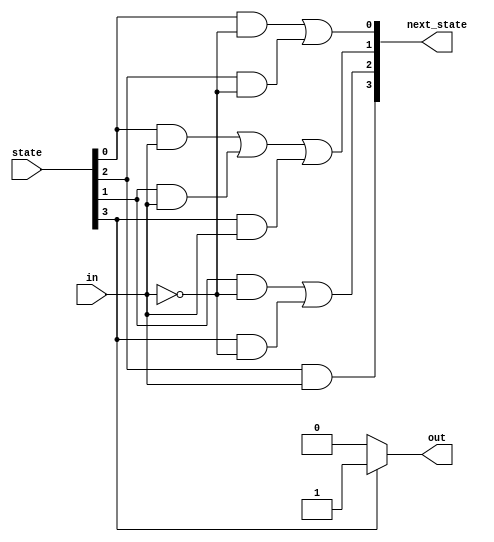
//The following is the state transition table for a Moore state machine with one input, one output, and four states.
//Use the following one-hot state encoding: A=4'b0001, B=4'b0010, C=4'b0100, D=4'b1000.

//Derive state transition and output logic equations by inspection assuming a one-hot encoding.
//Implement only the state transition logic and output logic (the combinational logic portion) for this state machine.
//(The testbench will test with non-one hot inputs to make sure you're not trying to do something more complicated).


//State    Next state    Output
//         in=0    in=1
//  A       A      B        0
//  B       C      B        0
//  C       A      D        0
//  D       C      B        1

//What does "derive equations by inspection" mean?
//One-hot state machine encoding guarantees that exactly one state bit is 1.
//This means that it is possible to determine whether the state machine is in a particular state by examining only one state bit, not all state bits.
//This leads to simple logic equations for the state transitions by examining the incoming edges for each state in the state transition diagram.

//For example, in the above state machine, how can the state machine can reach state A?
//It must use one of the two incoming edges: "Currently in state A and in=0" or "Currently in state C and in = 0".
//Due to the one-hot encoding, the logic equation to test for "currently in state A" is simply the state bit for state A.
//This leads to the final logic equation for the next state of state bit A: next_state[0] = state[0]&(~in) | state[2]&(~in).
//The one-hot encoding guarantees that at most one clause (product term) will be "active" at a time, so the clauses can just be ORed together.

//When an exercise asks for state transition equations "by inspection", use this particular method.
//The judge will test with non-one-hot inputs to ensure your logic equations follow this method, 
//rather that doing something else (such as resetting the FSM) for illegal (non-one-hot) combinations of the state bits.

//Although knowing this algorithm isn't necessary for RTL-level design (the logic synthesizer handles this), 
//it is illustrative of why one-hot FSMs often have simpler logic (at the expense of more state bit storage), 
//and this topic frequently shows up on exams in digital logic courses

//Hint...
//Logic equations for one-hot state transition logic can be derived by looking at in-edges of the state transition diagram.

module top_module(
    input in,
    input [3:0] state,
    output [3:0] next_state,
    output out); //

    parameter A=0, B=1, C=2, D=3;

    // State transition logic: Derive an equation for each state flip-flop.
    assign next_state[A] = (state[A] & (~in)) | (state[C] & (~in));
    assign next_state[B] = (state[A] &  (in)) | (state[B] &  (in)) | (state[D] &  (in));
    assign next_state[C] = (state[B] & (~in)) | (state[D] & (~in));
    assign next_state[D] = (state[C] &  (in));

    // Output logic: 
    assign out = state[D] ? 1 : 0;

endmodule